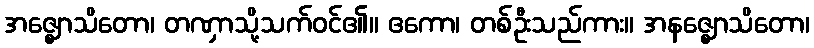
အဇ္ဈောသိတော၊ တဏှာသို့သက်ဝင်၏။ ဧကော၊ တစ်ဦးသည်ကား။ အနဇ္ဈောသိတော၊